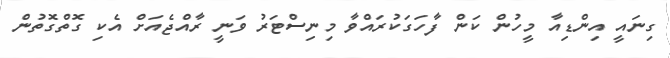
ގިނައީ އިންޑިއާ މީހުން ކަން ފާހަގަކުރައްވާ މިނިސްޓަރު ވަނީ ރާއްޖެއަށް އެކި ގޮތްގޮތުން